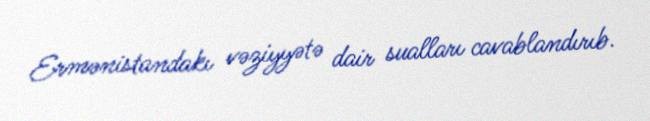
Ermənistandakı vəziyyətə dair sualları cavablandırıb.